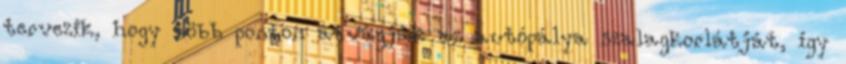
tervezik, hogy több ponton átvágják az autópálya szalagkorlátját, így